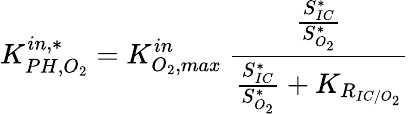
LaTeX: K_{PH,O_{2}}^{in,*}=K_{O_{2},max}^{in}\ \frac{\frac{S_{IC}^{*}}{S_{O_{2}}^{*}}}{\frac{S_{IC}^{*}}{S_{O_{2}}^{*}}+K_{R_{IC/O_{2}}}}